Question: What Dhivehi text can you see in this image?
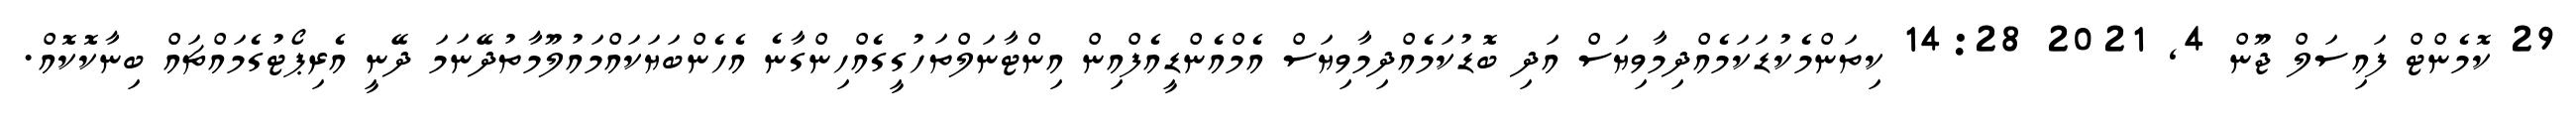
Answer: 29 ކޮމެންޓް ފައިސަލް ޖޫން 4, 2021 14:28 ކިތަންމެކުޑަކަމެއްދިމާވިޔަސް އަދި ބޮޑުކަމެއްދިމާވިޔަސް އެމްއެންޑީއެފްއިން އިންޓާނަލްތަހުގީގެއްހިންގާނެ އެހެންބަޔަކައްމައުލޫމާތުދޭނަމަ ދޭނީ އެރިޕޯޓުގެމައްޗައް ބިނާކޮކޮއް.